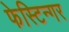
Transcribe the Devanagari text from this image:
फेस्टिन्गर